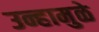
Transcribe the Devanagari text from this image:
उन्हामुळे